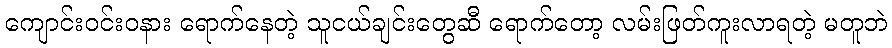
ကျောင်းဝင်းဝနား ရောက်နေတဲ့ သူငယ်ချင်းတွေဆီ ရောက်တော့ လမ်းဖြတ်ကူးလာရတဲ့ မတူဘဲ